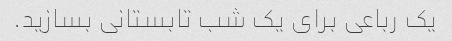
یک رباعی برای یک شب تابستانی بسازید.